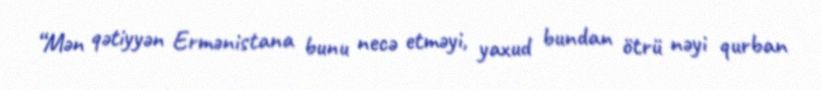
“Mən qətiyyən Ermənistana bunu necə etməyi, yaxud bundan ötrü nəyi qurban